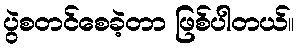
ပွဲစတင်စေခဲ့တာ ဖြစ်ပါတယ်။